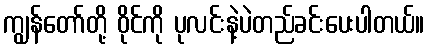
ကျွန်တော်တို့ ဝိုင်ကို ပုလင်းနဲ့ပဲတည်ခင်းပေးပါတယ်။